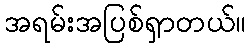
အရမ်းအပြစ်ရှာတယ်။